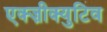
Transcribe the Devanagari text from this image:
एक्ज़ीक्युटिव